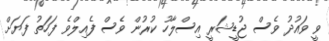
ވީ ވައުދު ވެސް ޖުޑީޝަރީ އިސްލާހު ކުރުން ވެސް ފެއިލްވެ ފަހަތު ފަޔަށް